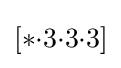
[*{\cdot }3{\cdot }3{\cdot }3]